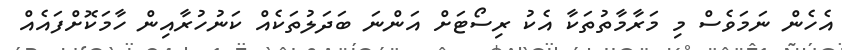
އެހެން ނަމަވެސް މި މަރާމާތުތަކާ އެކު ރިސޯޓަށް އަންނަ ބަދަލުތަކެއް ކަނުހުރާއިން ހާމަކޮށްފައެއް